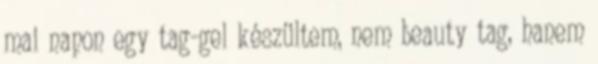
mai napon egy tag-gel készültem, nem beauty tag, hanem